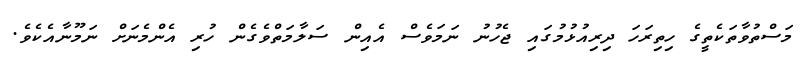
މަސްތުވާތަކެތީގެ ހިތިރަހަ ދިރިއުޅުމުގައި ޖެހުނު ނަމަވެސް އެއިން ސަލާމަތްވެގެން ހުރި އެންމެނަށް ނަމޫނާއެކެވެ.